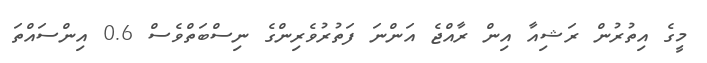
މީގެ އިތުރުން ރަޝިއާ އިން ރާއްޖެ އަންނަ ފަތުރުވެރިންގެ ނިސްބަތްވެސް 0.6 އިންސައްތަ